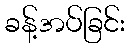
ခန့်အပ်ခြင်း